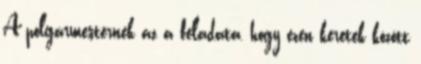
A polgármesternek az a feladata, hogy ezen keretek között